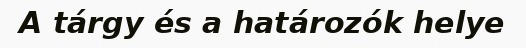
A tárgy és a határozók helye